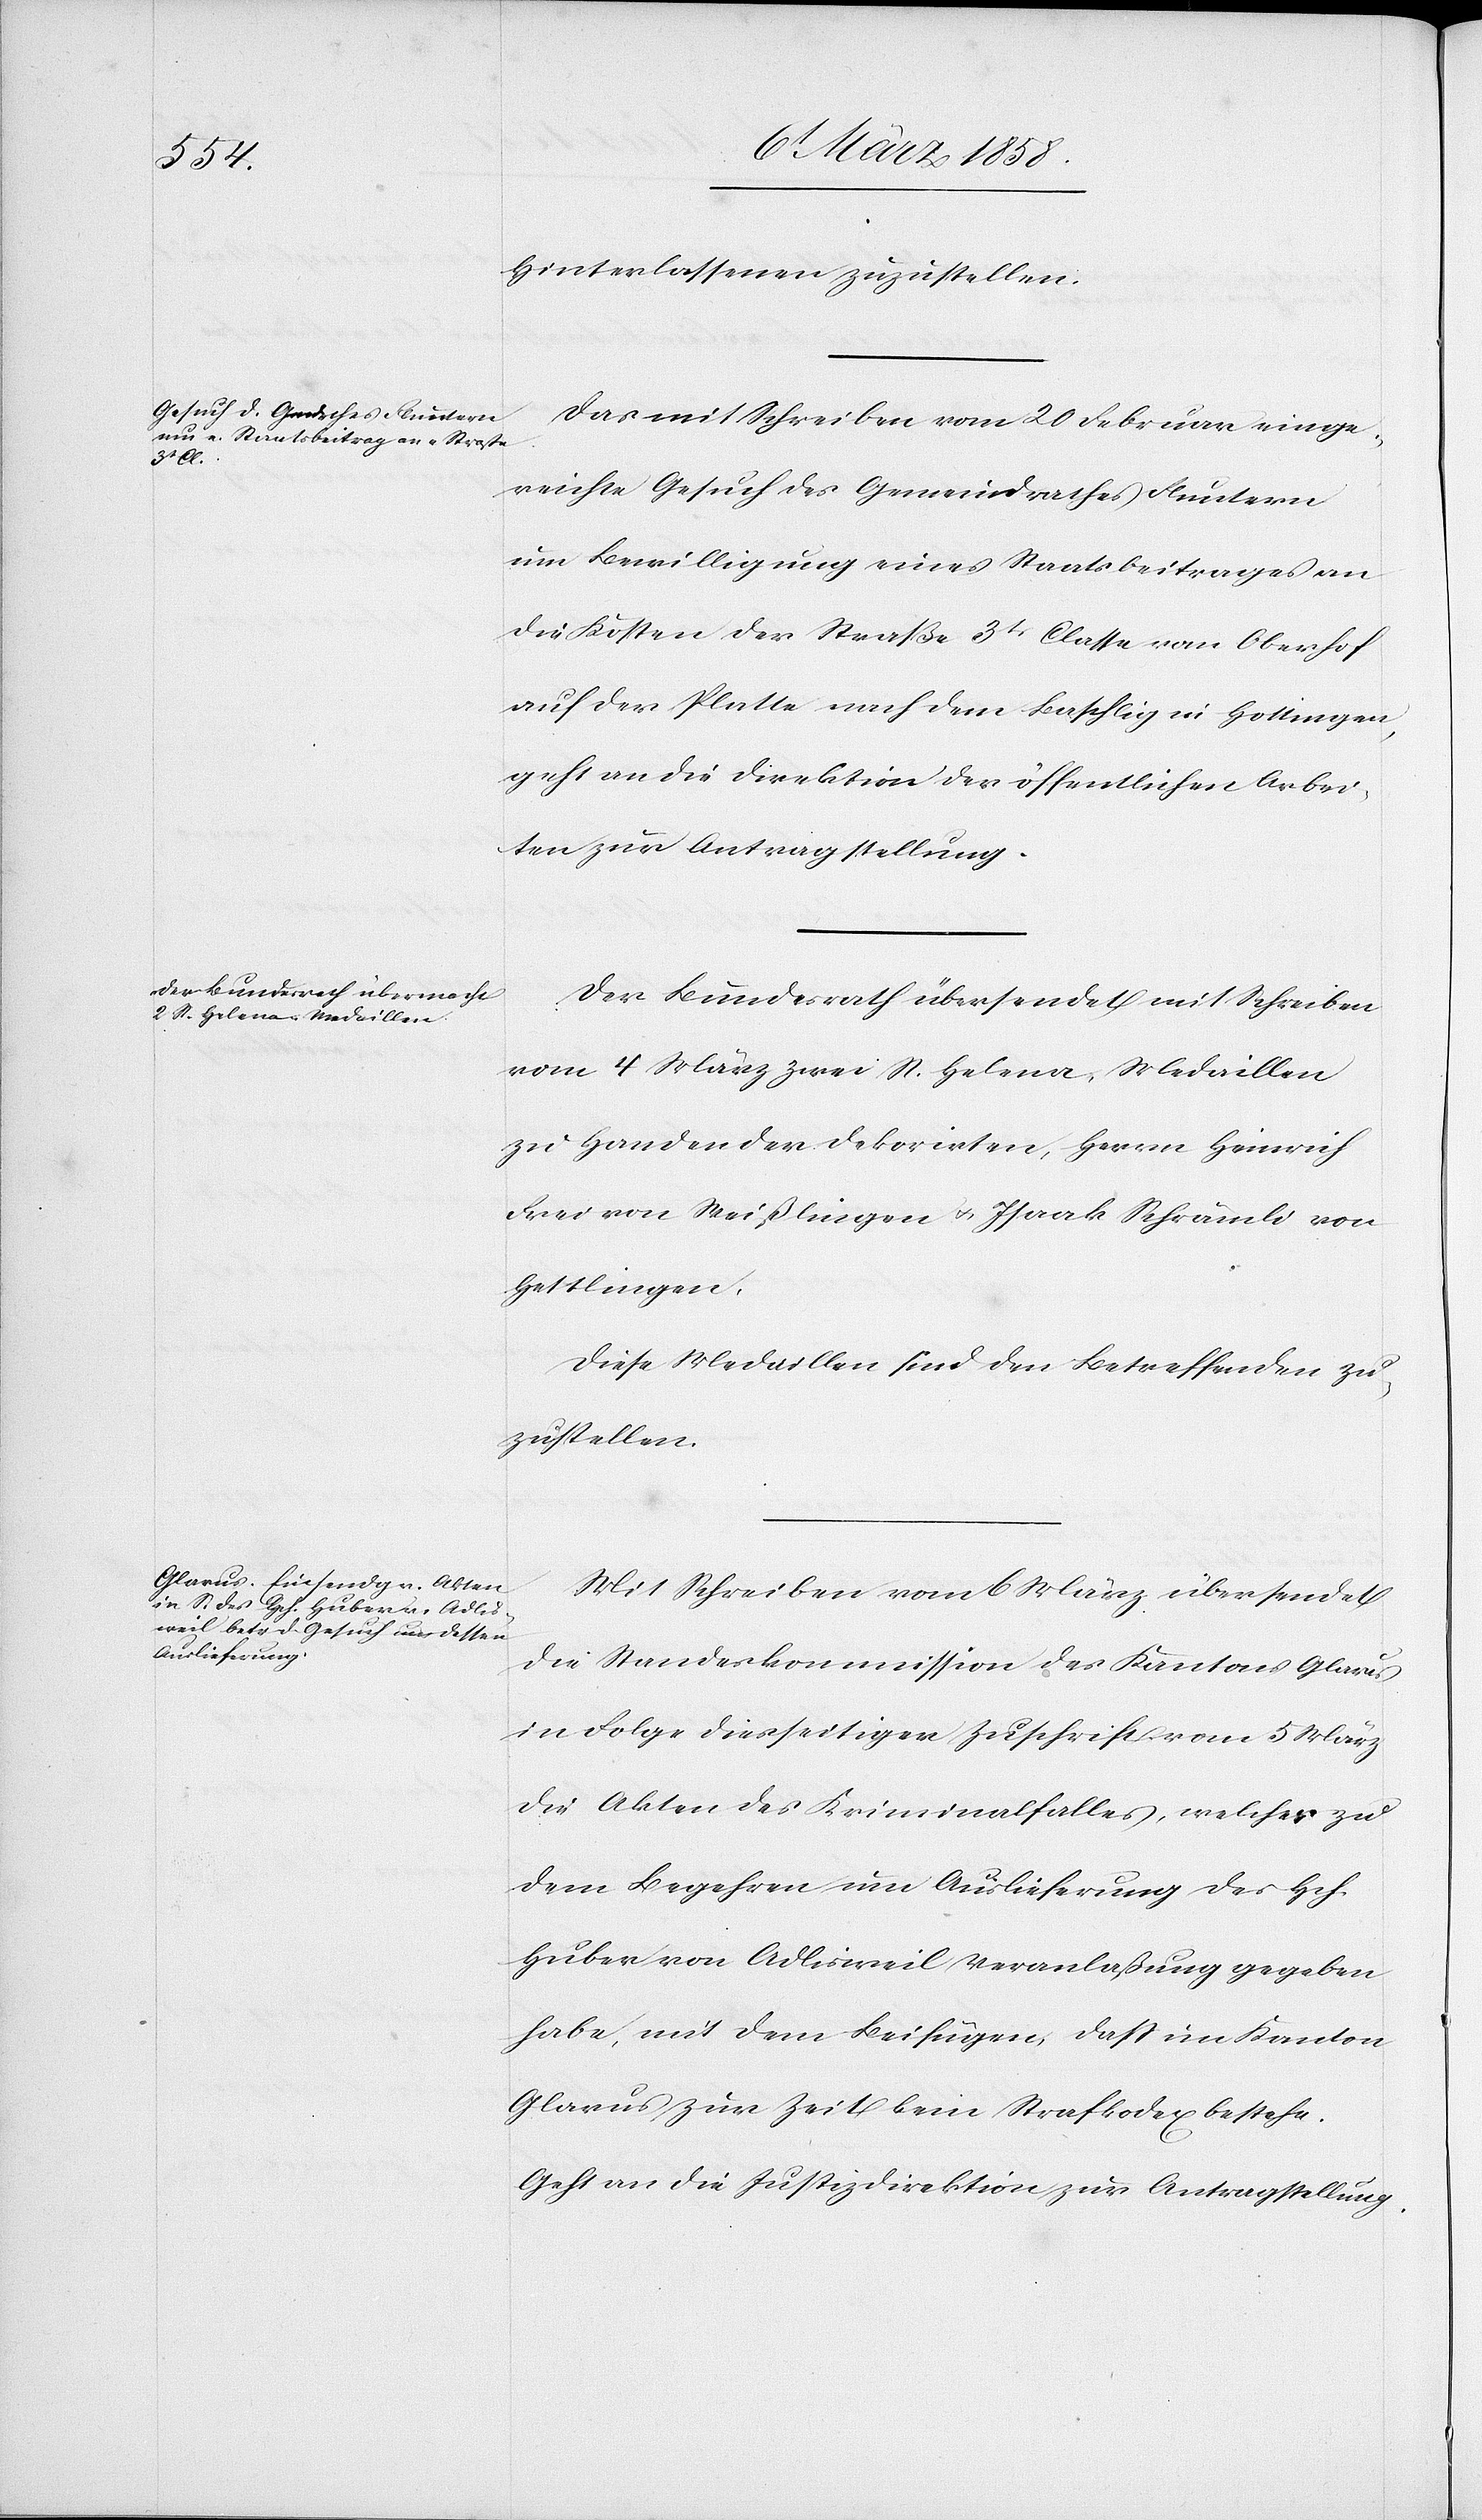
Hinterlassenen zuzustellen.
Das mit Schreiben vom 20. Febr. einge¬
reichte Gesuch des Gemeindrathes Fluntern
um Bewilligung eines Staatsbeitrages an
die Kosten der Straße 3t Classe vom Oberhof
auf der Platte nach dem Baschlig in Hottingen,
geht an die Direktion der öffentlichen Arbei¬
ten zur Antragstellung.
Der Bundesrath übersendet mit Schreiben
vom 4. März zwei St. Helena-Medaillen
zu Handen der Dekorirten, Herrn Heinrich
Frei von Weißlingen u. Isaak Schrämli von
Hettlingen.
Diese Medaillen sind den betreffenden zu¬
zustellen.
Mit Schreiben vom 6. März übersendet
die Standeskommission des Kantons Glarus
in Folge diesseitiger Zuschrift vom 5. März
die Akten des Kriminalfalles, welcher zu
dem Begehren um Auslieferung des Hch.
Huber von Adlisweil Veranlaßung gegeben
habe, mit dem Beifügen, daß im Kanton
Glarus zur Zeit kein Strafkodex bestehe.
Geht an die Direktion zur Antragstellung.